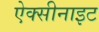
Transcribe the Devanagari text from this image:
ऐक्सीनाइट